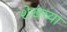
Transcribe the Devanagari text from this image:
शेखच्या